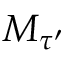
M _ { \tau ^ { \prime } }